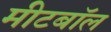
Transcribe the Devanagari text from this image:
मीटबॉल